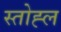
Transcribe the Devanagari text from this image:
स्तोह्ल